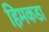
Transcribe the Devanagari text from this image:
हिमकडा